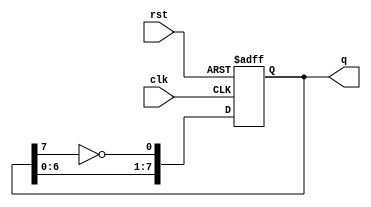
module johnson_counter (
    input wire clk,         // Clock input
    input wire rst,         // Reset input
    output reg [7:0] q      // 8-bit output
);

// Always block triggered on the rising edge of the clock or on reset
always @(posedge clk or posedge rst) begin
    if (rst) begin
        // Asynchronous reset to zero
        q <= 8'b00000000; 
    end else begin
        // Johnson counter logic
        q[0] <= ~q[7];       // D0 takes the inverted value of Q7
        q[1] <= q[0];        // D1 takes the value of D0
        q[2] <= q[1];        // D2 takes the value of D1
        q[3] <= q[2];        // D3 takes the value of D2
        q[4] <= q[3];        // D4 takes the value of D3
        q[5] <= q[4];        // D5 takes the value of D4
        q[6] <= q[5];        // D6 takes the value of D5
        q[7] <= q[6];        // D7 takes the value of D6
    end
end

endmodule